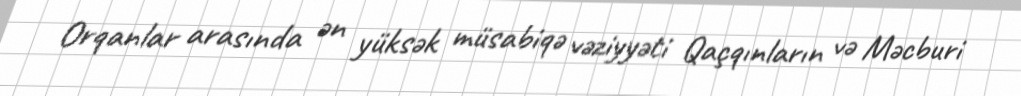
Orqanlar arasında ən yüksək müsabiqə vəziyyəti Qaçqınların və Məcburi